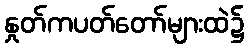
နှုတ်ကပတ်တော်များထဲ၌